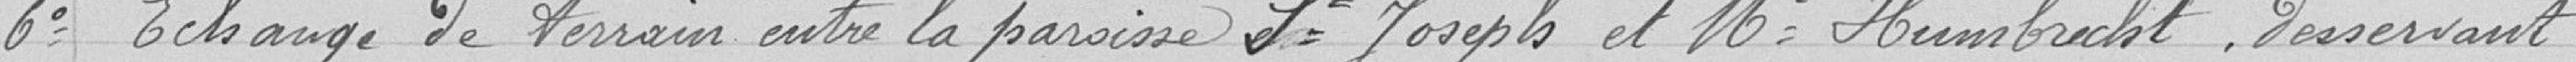
6° Echange de terrain entre la paroisse St Joseph et Mr Humbrecht, desservant